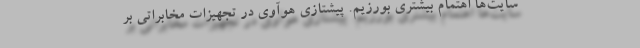
سایت‌ها اهتمام بیشتری بورزیم. پیشتازی هوآوی در تجهیزات مخابراتی بر